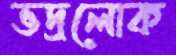
ভদ্রলোক